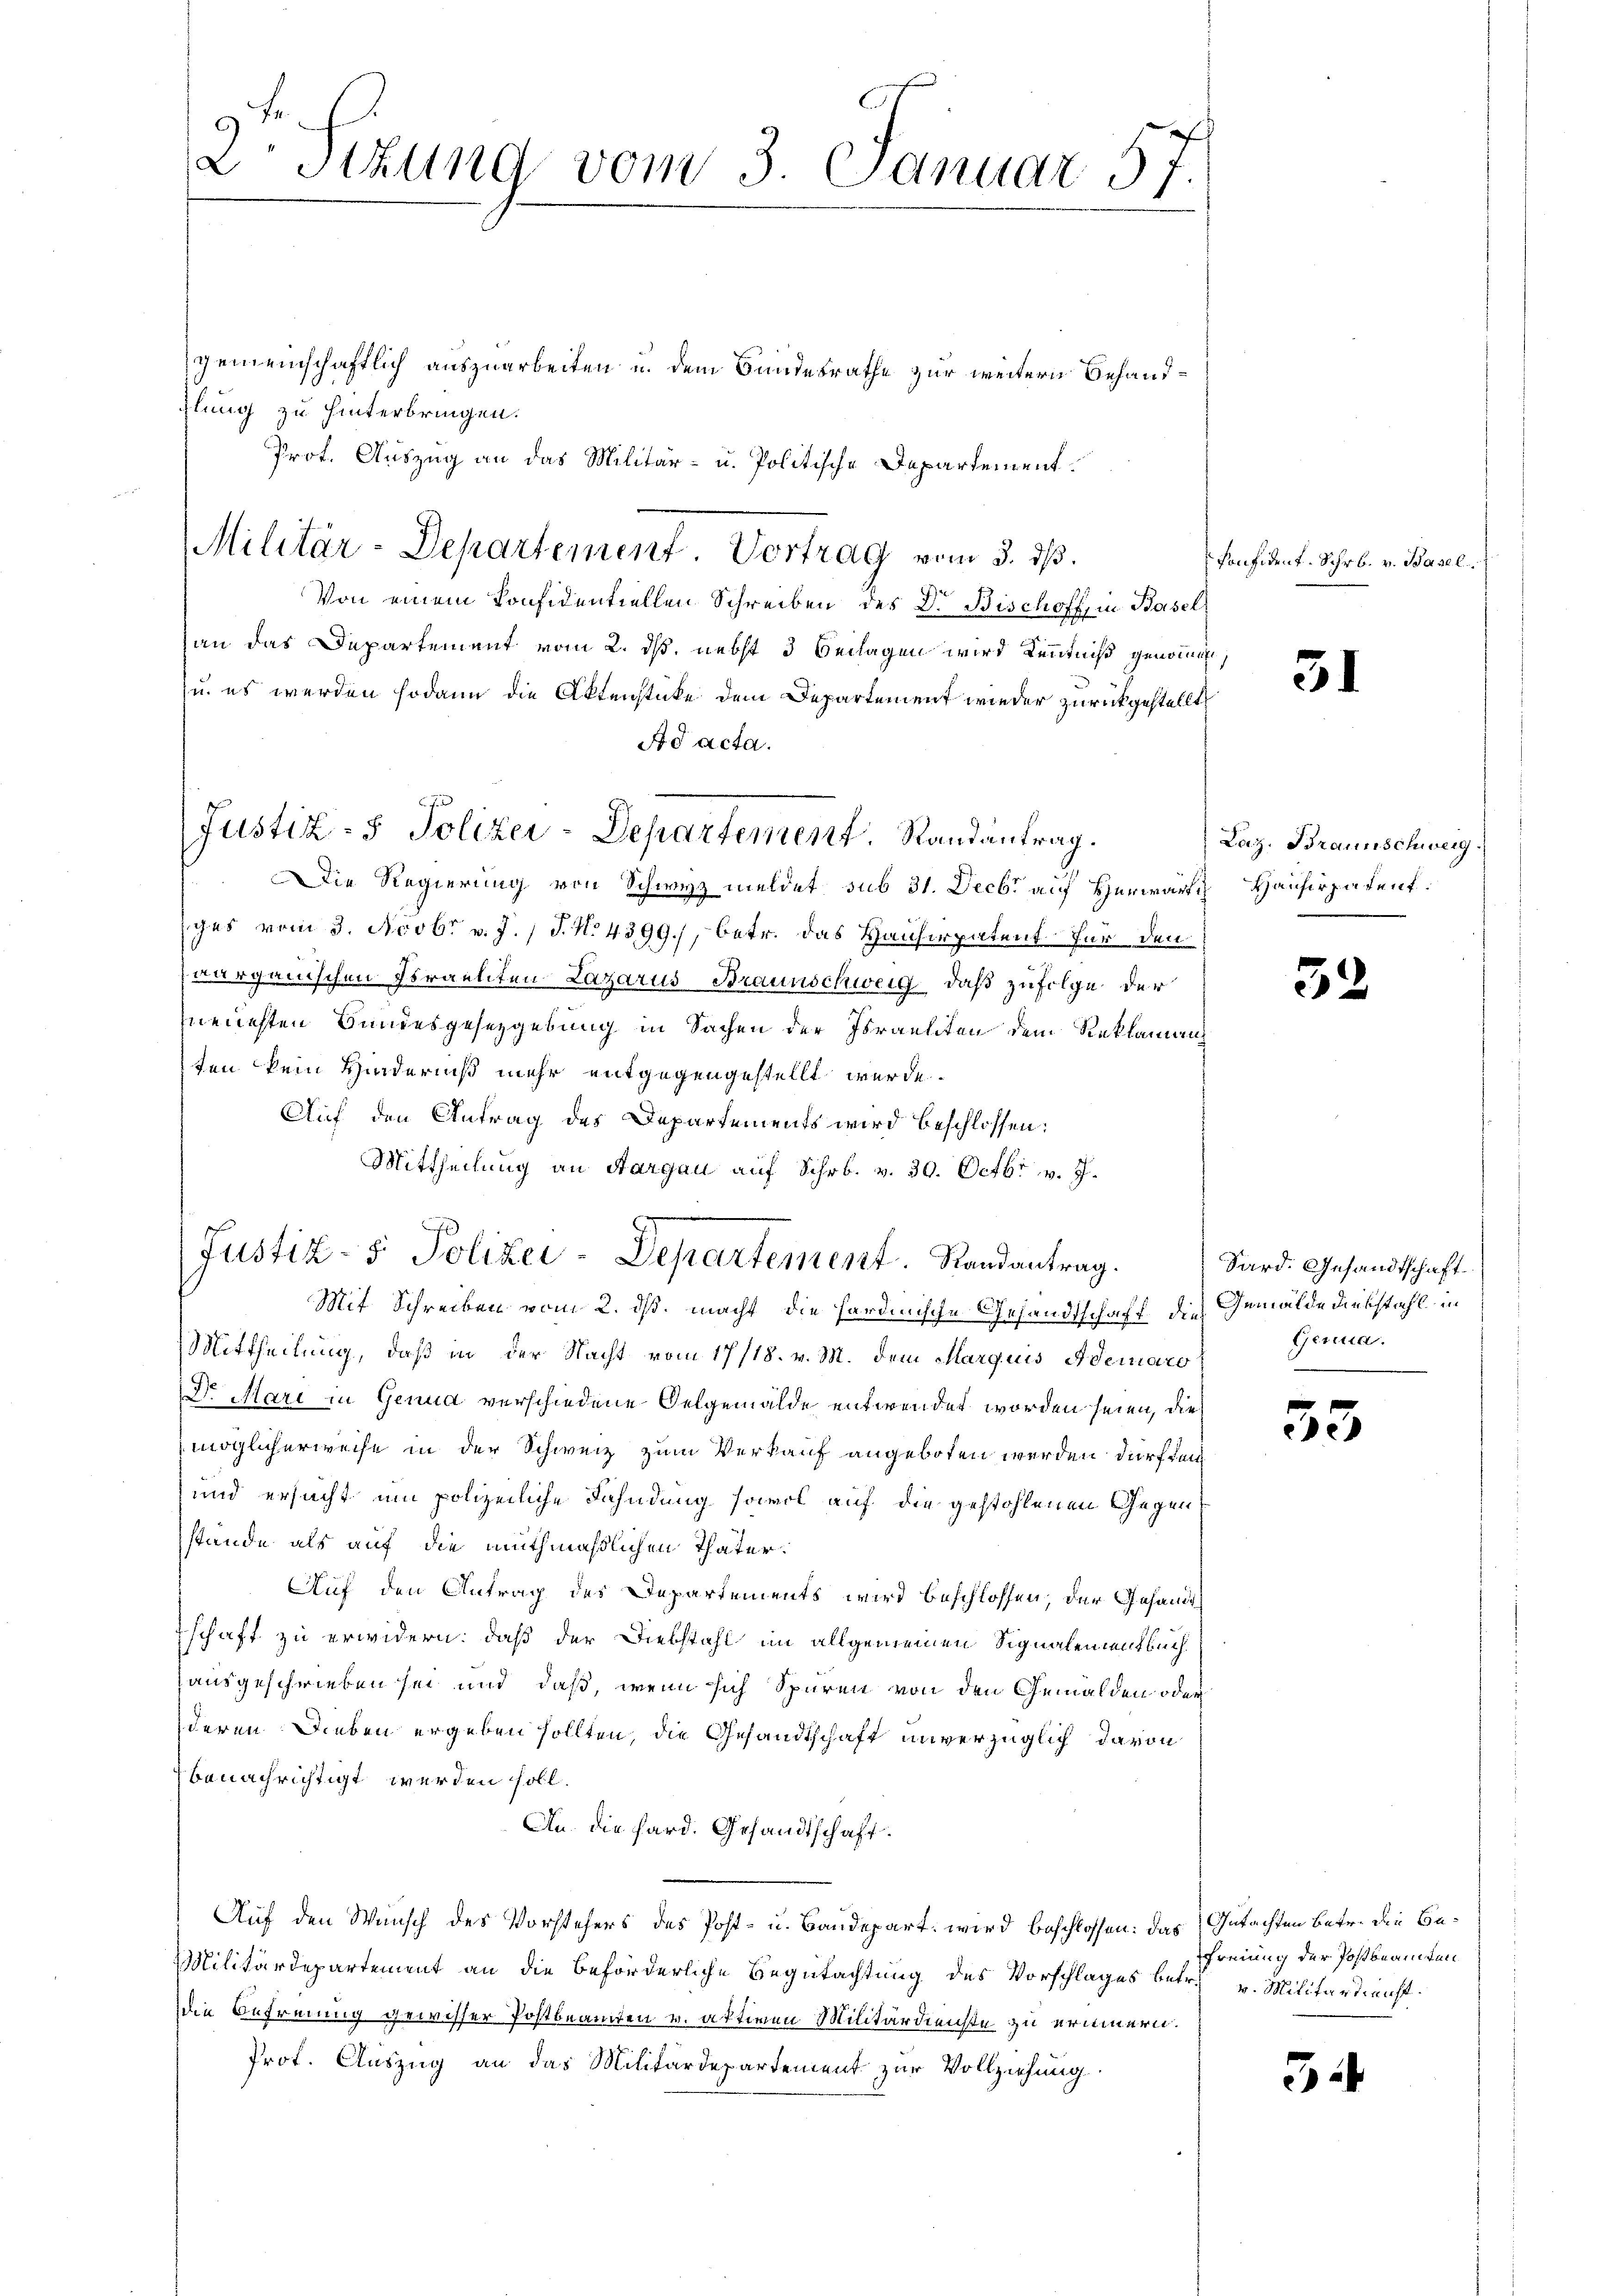
2 Stzung vom 3. Januar 57

gemeinschaftlich auszuarbeiten u. dem Bundesrathe zur weitern Behandhlung zu hinterbringen.
Prof. Auszug an das Militär- u. Politische Departement.
Von einem Considentiellen Schreiben des Dr. Bischoff, in Basel
an das Departement vom 2. ds. nebst 3 Beilagen wird Kenntniß genommen,
u. es werden sodann die Aktenstücke dem Departement wieder zurückgestellt
Ad acta.
Die Regierung von Schwyz meldet sub 31. Decbr auf Herwartz Hausirpatent.
ges vom 3. Novbr v. J. J. No 4399), betr. das Hausirpatent für den
aargauischen Franten Lazarus Braunschweig, daß zufolge der
neuesten Bundesgesetzgebung in Sachen der Israeliten dem Reklaman
ten kein Hinderniß mehr entgegengestellt wurde.
Auf den Antrag des Departements wird beschlossen:
Mittheilung an Aargau auf Schr. v. 30. Octbr v. J.
Mit Schreiben vom 2. ds. macht die sardinische Gesandtschaft die Gemälde diebstahl in
Mittheilung, daß in der Nacht vom 17/18. v. M. dem Marquis Adernaro
Dr. Mari in Genua verschiedene Oelgemälde entwendet worden seien, die
möglicherweise in der Schweiz zum Verkauf angeboten werden dürften
und ersucht um polizeiliche Fahndung sowol auf die gestohlenen Gegenstände als auf die muthmaßlichen Thäter.
Auf den Antrag des Departements wird beschlossen, der Gesandt
schaft zu erwidern: daß der Diebstahl im allgemeinen Signalementbuchausgeschrieben sei und daß, wenn sich Spuren von den Gemälden oder
deren Dieben ergeben sollten, die Gesandtschaft unverzüglich davon
benachrichtigt werden soll.
An. die hard. Gesandtschaft.
Auf den Wunsch des Vorstehers des Post- u. Baudepart, wird beschlossen: das Gutachten betr. die Be¬
Militärdepartement an die beförderliche Begutachtung des Vorschlages betr. v. Militärdienstdie Befreiung gewisser Postbeamten v. aktiven Militärdienste zu erinnern.
Prof. Auszug an das Militärdepartement zur Vollziehung.

Justiz- & Polizei-Departement. Randantrag.

Militär-Departement. Vortrag vom 5. dß.

Justiz- & Polizei-Departement. Randantrag.

konfident. Schrb. v. Basel.

31

Laz. Braunschweig.

52

Sard. Gesandtschaft.
Gera.

33

reuung der Postbeamten

3